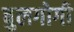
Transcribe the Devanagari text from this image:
बुलगोगी